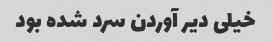
خیلی دیر آوردن سرد شده بود